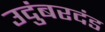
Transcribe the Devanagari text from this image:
उदुंबरदंड